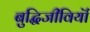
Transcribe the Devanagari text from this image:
बुद्धिजीवियॊं